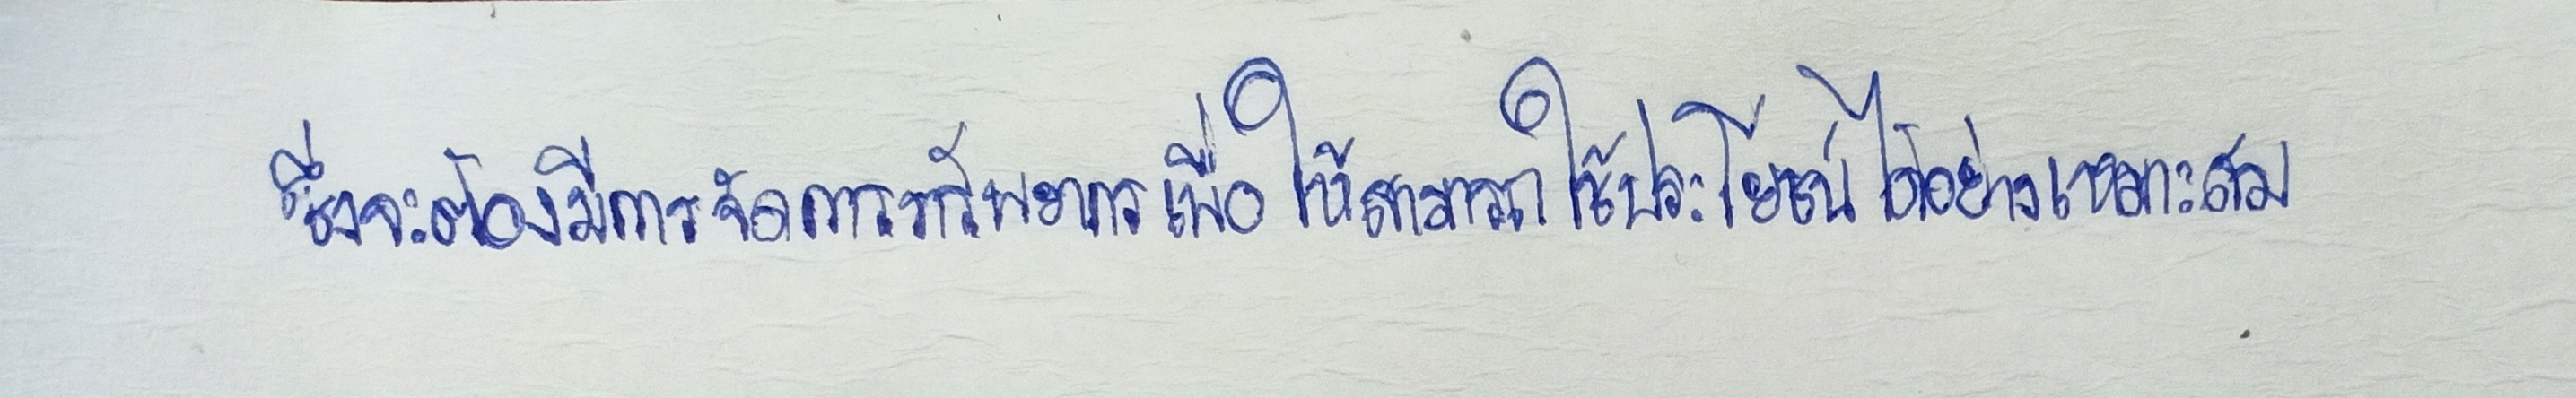
ซึ่งจะต้องมีการจัดการทรัพยากรเพื่อให้สามารถใช้ประโยชน์ได้อย่างเหมาะสม